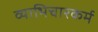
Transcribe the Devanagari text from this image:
व्याभिचारकर्म